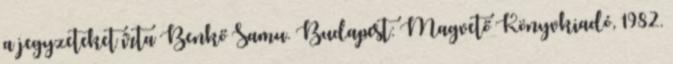
a jegyzeteket írta Benkő Samu. Budapest: Magvető Könyvkiadó, 1982.